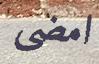
امضى